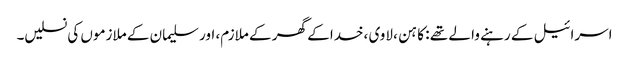
اسرائیل کے رہنے وا لے تھے : کا ہن ، لاوی ،خدا کے گھر کے ملازم، اور سلیمان کے ملازموں کی نسلیں۔